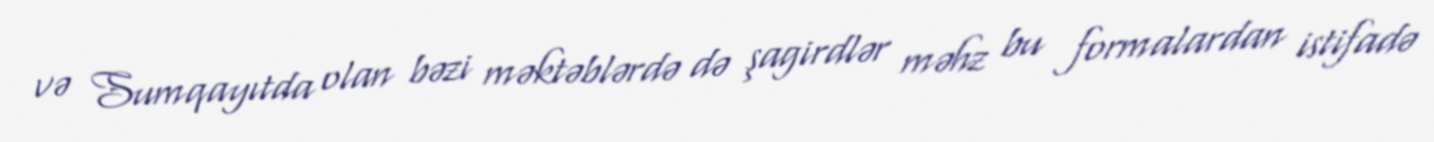
və Sumqayıtda olan bəzi məktəblərdə də şagirdlər məhz bu formalardan istifadə